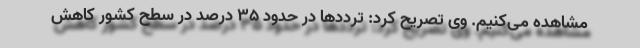
مشاهده می‌کنیم. وی تصریح کرد: ترددها در حدود ۳۵ درصد در سطح کشور کاهش